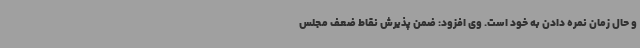
و حال زمان نمره دادن به خود است. وی افزود: ضمن پذیرش نقاط ضعف مجلس